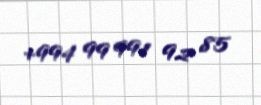
+994 99 991 92 85